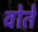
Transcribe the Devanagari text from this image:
वोते